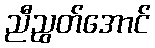
ညီညွတ်အောင်